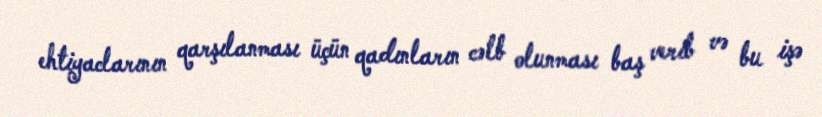
ehtiyaclarının qarşılanması üçün qadınların cəlb olunması baş verib və bu işə